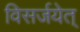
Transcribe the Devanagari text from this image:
विसर्जयेत्